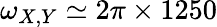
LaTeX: \omega_{X,Y}\simeq 2\pi\times 1250